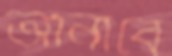
আনাবে